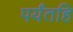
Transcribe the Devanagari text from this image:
पर्यंतहि